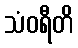
သံဝရီတိ